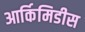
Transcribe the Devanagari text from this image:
आर्किमिडीस